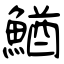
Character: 鰌